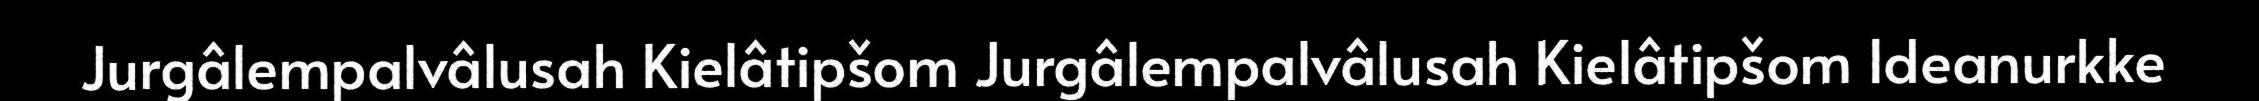
Jurgâlempalvâlusah Kielâtipšom Jurgâlempalvâlusah Kielâtipšom Ideanurkke